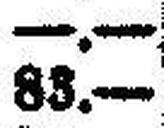
83.—